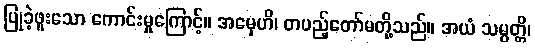
ပြုခဲ့ဖူးသော ကောင်းမှုကြောင့်။ အမှေဟိ၊ တပည့်တော်မတို့သည်။ အယံ သမ္ပတ္တိ၊